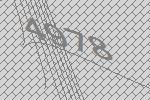
4978